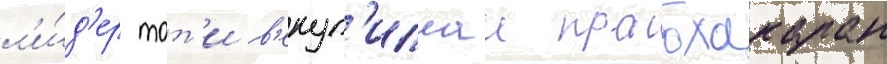
л'и́д'ер тот'и в'елуп'иллаи прабхакаран